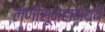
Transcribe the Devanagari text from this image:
लेणीसूमहामध्ये